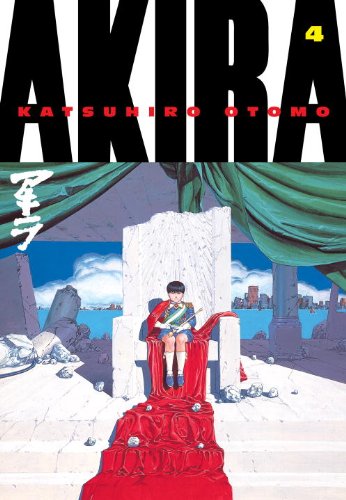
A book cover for Akira, Vol. 4; Katsuhiro Otomo; Comics & Graphic Novels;